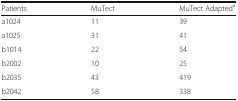
<table><thead><tr><td><b>Patients</b></td><td><b>MuTect</b></td><td><b>MuTect Adapted<sup>a</sup></b></td></tr></thead><tbody><tr><td>a1024</td><td>11</td><td>39</td></tr><tr><td>a1025</td><td>31</td><td>41</td></tr><tr><td>b1014</td><td>22</td><td>54</td></tr><tr><td>b2002</td><td>10</td><td>25</td></tr><tr><td>b2035</td><td>43</td><td>419</td></tr><tr><td>b2042</td><td>58</td><td>338</td></tr></tbody></table>